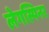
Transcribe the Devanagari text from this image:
लेगस्पिनर